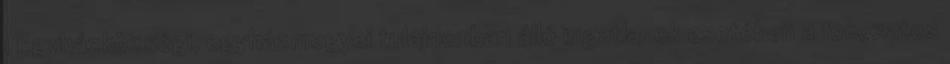
1 Egyházközségi, egyházmegyei tulajdonban álló ingatlanok esetében a fokozatos